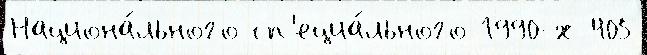
Национа́льного сп'ециа́льного 1990-х 405